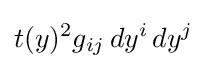
t(y)^{2}g_{ij}\,dy^{i}\,dy^{j}